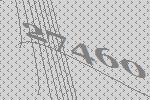
27460